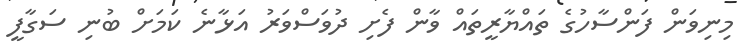
މިނިވަން ފަންސާހުގެ ތައްޔާރީތައް ވާން ފެށި ދުވަސްވަރު އަޅާނެ ކަމަށް ބުނި ސަގާފީ